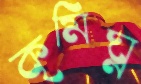
কৃমিঘ্ন